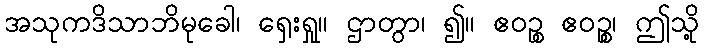
အသုကဒိသာဘိမုခေါ၊ ရှေးရှု။ ဌာတွာ၊ ၍။ ဧဝဉ္စ ဧဝဉ္စ၊ ဤသို့